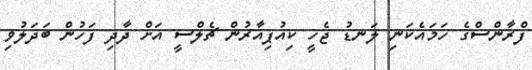
ފްރާންސްގެ ހަމައެކަނި ލަނޑު ޖެހީ ކިއުޕިއާރުން ޗެލްސީ އަށް ދާދި ފަހުން ބަދަލުވި